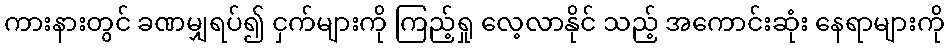
ကားနားတွင် ခဏမျှရပ်၍ ငှက်များကို ကြည့်ရှု လေ့လာနိုင် သည့် အကောင်းဆုံး နေရာများကို